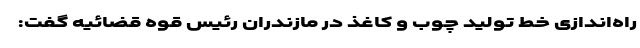
‌راه‌اندازی خط تولید چوب و کاغذ در مازندران رئیس قوه قضائیه گفت: